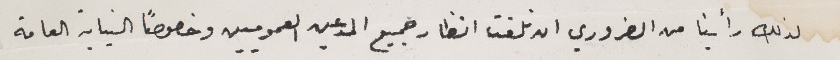
لذلك رأينا من الضروري ان نلفت انظار جميع المدعين العموميين وخصوصاً النيابة العامة